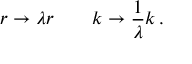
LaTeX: r \rightarrow \lambda r \quad \quad k \rightarrow { \frac { 1 } { \lambda } } k \, .